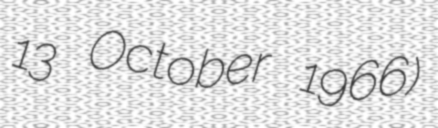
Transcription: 13 October 1966)